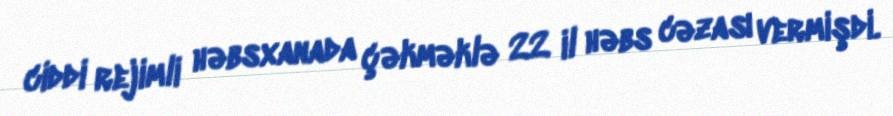
ciddi rejimli həbsxanada çəkməklə 22 il həbs cəzası vermişdi.